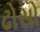
ઢોસો